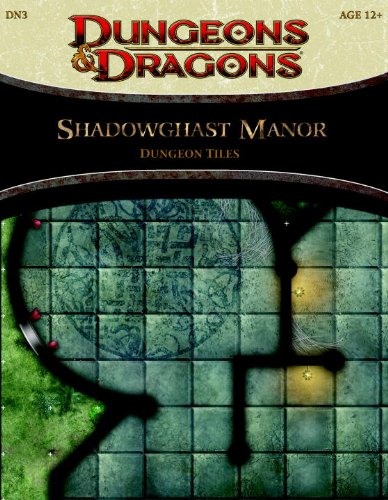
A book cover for Shadowghast Manor - Dungeon Tiles: A 4th Edition Dungeons & Dragons Accessory (4th Edition D&D); Science Fiction & Fantasy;